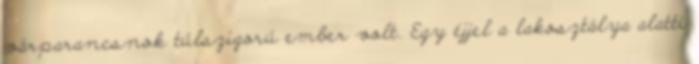
várparancsnok túlszigorú ember volt. Egy éjjel a lakosztálya alatti